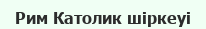
Рим Католик шіркеуі